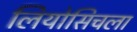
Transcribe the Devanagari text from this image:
लियोसिचला